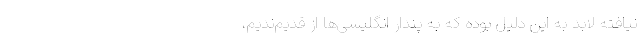
نیافته لابد به این دلیل بوده که به پندار انگلیسی‌ها از قدیم‌ندیم،